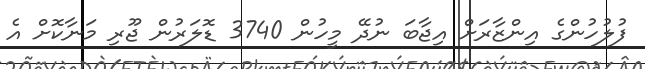
ފުލުހުންގެ އިންޒާރަށް އިޖާބަ ނުދޭ މީހުން 3740 ޑޮލަރުން ޖޫރި މަނާކޮށް އެ